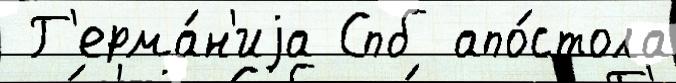
 Г'ерма́н'иjа Спб апо́стола